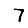
Digit: 7